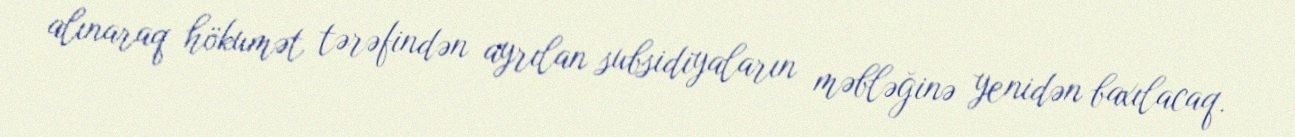
alınaraq hökumət tərəfindən ayrılan subsidiyaların məbləğinə yenidən baxılacaq.